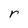
Character: r